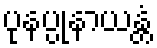
ပုနပ္ပုနာယန္တံ